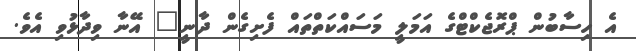
އެ ހިސާބުން ޕްރޮޖެކްޓްގެ އަމަލީ މަސައްކަތްތައް ފެށިގެން ދާނީ" އޭނާ ވިދާޅުވި އެވެ.